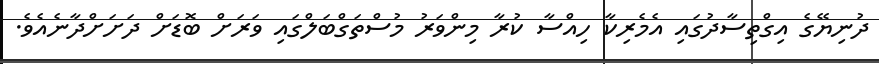
ދުނިޔޭގެ އިގްތިސާދުގައި އެމެރިކާ ހިއްސާ ކުރާ މިންވަރު މުސްތަގްބަލްގައި ވަރަށް ބޮޑަށް ދަށަށްދާނެއެވެ.